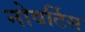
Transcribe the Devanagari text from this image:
नोवर्टिस